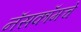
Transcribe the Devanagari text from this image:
नॅसकॉमचे